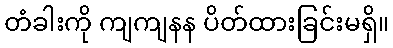
တံခါးကို ကျကျနန ပိတ်ထားခြင်းမရှိ။